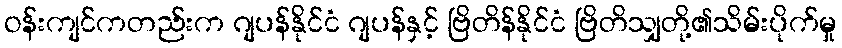
ဝန်းကျင်ကတည်းက ဂျပန်နိုင်ငံ ဂျပန်နှင့် ဗြိတိန်နိုင်ငံ ဗြိတိသျှတို့၏သိမ်းပိုက်မှု